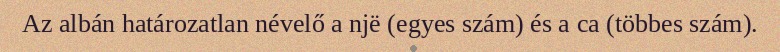
Az albán határozatlan névelő a një (egyes szám) és a ca (többes szám).